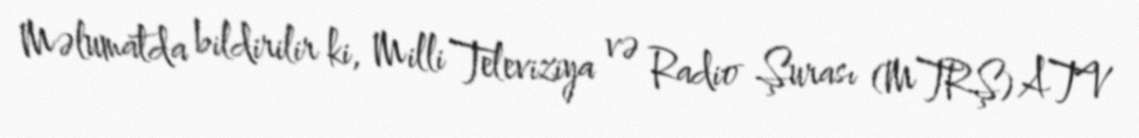
Məlumatda bildirilir ki, Milli Televiziya və Radio Şurası (MTRŞ) ATV